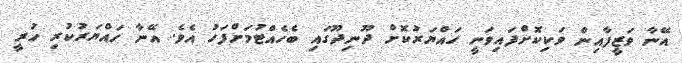
އޭނާ ވަޒީފާއިން ވަކިކޮށްފައިވަނީ ހައްޔަރުކޮށް ދޫނިދޫގައި ބެހެއްޓުމަށްފަހު އެވެ. އޭނާ ހައްޔަރުކުރި ހުރީ